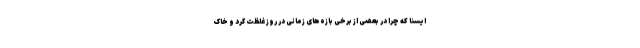
ایسنا که چرا در بعضی از برخی بازه‌های زمانی در روز غلظت گرد و خاک